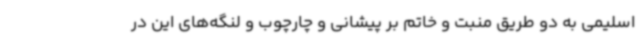
اسلیمی به دو طریق منبت و خاتم بر پیشانی و چارچوب و لنگه‌های این در